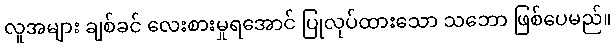
လူအများ ချစ်ခင် လေးစားမှုရအောင် ပြုလုပ်ထားသော သဘော ဖြစ်ပေမည်။